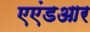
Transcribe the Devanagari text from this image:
एएंडआर